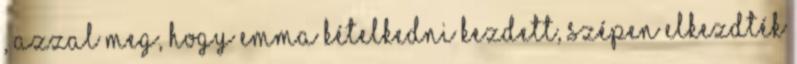
, azzal meg, hogy Emma kételkedni kezdett, szépen elkezdték